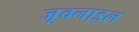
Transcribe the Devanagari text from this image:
जूवनाइल